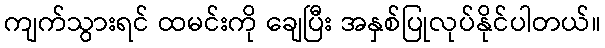
ကျက်သွားရင် ထမင်းကို ချေပြီး အနှစ်ပြုလုပ်နိုင်ပါတယ်။